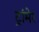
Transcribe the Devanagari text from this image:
ट्रांमेर